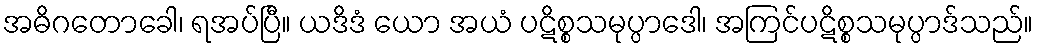
အဓိဂတောခေါ၊ ရအပ်ပြီ။ ယဒိဒံ ယော အယံ ပဋိစ္စသမုပ္ပာဒေါ၊ အကြင်ပဋိစ္စသမုပ္ပာဒ်သည်။